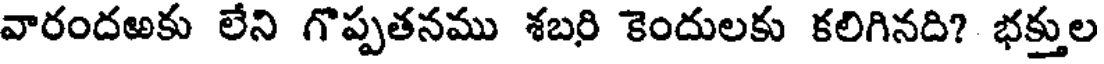
వారందఱకు లేని గొప్పతనము శబరి కెందులకు కలిగినది? భక్తుల